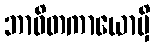
ဘာဝိတကာယောမှိ